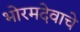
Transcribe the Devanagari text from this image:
भोरमदेवाचे